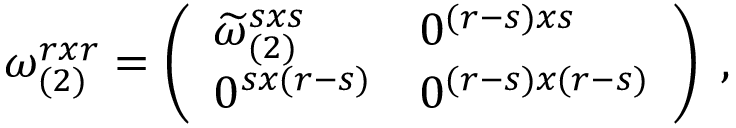
\omega _ { ( 2 ) } ^ { r x r } = \left( \begin{array} { l l } { { \widetilde { \omega } _ { ( 2 ) } ^ { s x s } } } & { { 0 ^ { ( r - s ) x s } } } \\ { { 0 ^ { s x ( r - s ) } } } & { { 0 ^ { ( r - s ) x ( r - s ) } } } \end{array} \right) \; ,